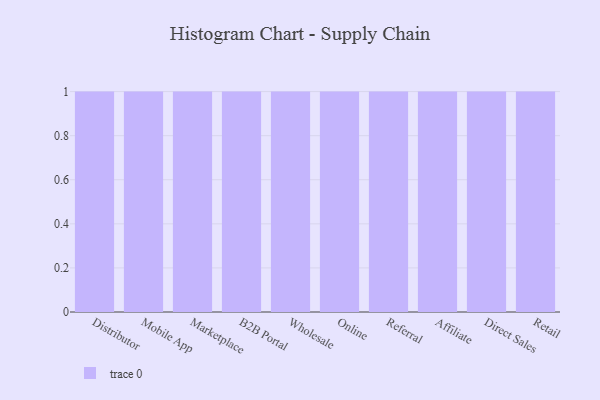
{"axis": {"x": "Channel", "y": "Net Income (USD K)"}, "legend": [""], "data": [{"x": "Distributor", "y": 69, "type": ""}, {"x": "Mobile App", "y": 43, "type": ""}, {"x": "Marketplace", "y": 29, "type": ""}, {"x": "B2B Portal", "y": 41, "type": ""}, {"x": "Wholesale", "y": 66, "type": ""}, {"x": "Online", "y": 47, "type": ""}, {"x": "Referral", "y": 43, "type": ""}, {"x": "Affiliate", "y": 88, "type": ""}, {"x": "Direct Sales", "y": 65, "type": ""}, {"x": "Retail", "y": 97, "type": ""}]}